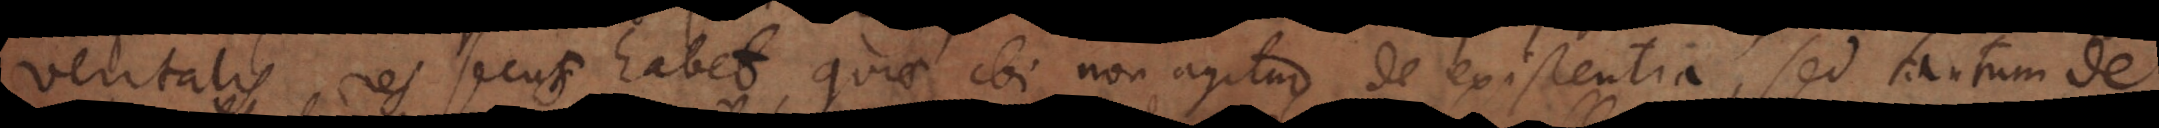
veritatis res secus habet, quia ibi non agitur de existentia, sed tantum de